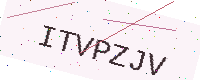
Text: ITVPZJV